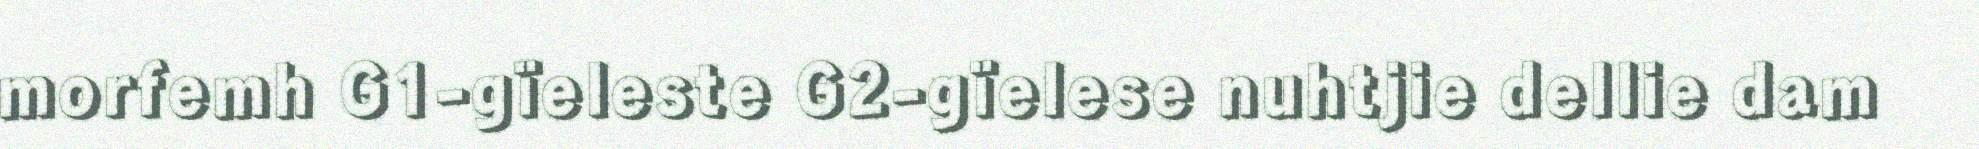
morfemh G1-gïeleste G2-gïelese nuhtjie dellie dam